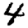
Digit: 4